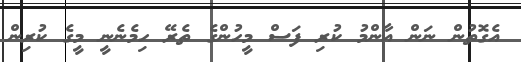
އެގޮތުން ނަން އާންމު ކުރި ފަސް މީހުންގެ ތެރޭ ހިމެނެނީ މީގެ ކުރިން